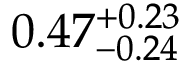
0 . 4 7 _ { - 0 . 2 4 } ^ { + 0 . 2 3 }